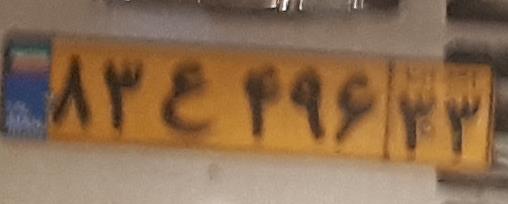
۸۳ع۴۹۶۳۳